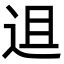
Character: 䢐